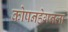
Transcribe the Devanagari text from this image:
कोपनहेगनला